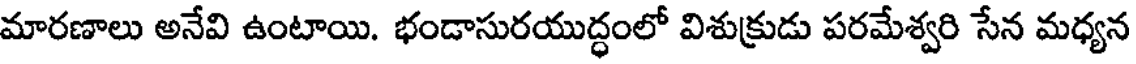
మారణాలు అనేవి ఉంటాయి. భండాసురయుద్ధంలో విశుక్రుడు పరమేశ్వరి సేన మధ్యన